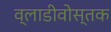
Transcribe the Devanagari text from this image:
व्लाडीवोस्तक